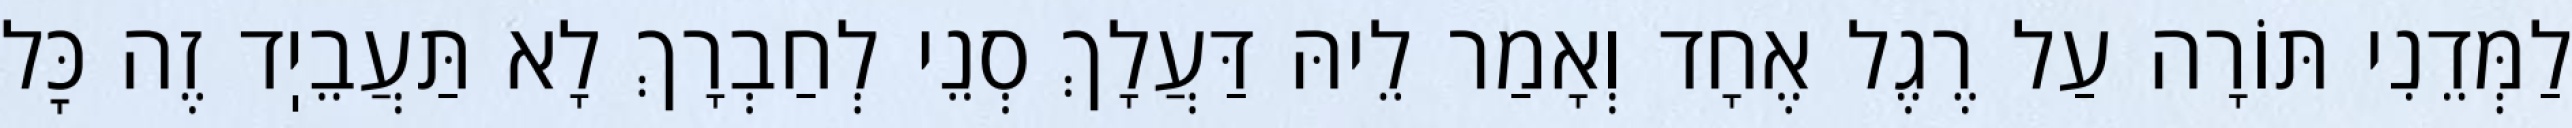
לַמְּדֵנִי תּוֹרָה עַל רֶגֶל אֶחָד וְאָמַר לֵיהּ דַּעֲלָךְ סְנֵי לְחַבְרָךְ לָא תַּעֲבֵיֽד זֶה כׇּל